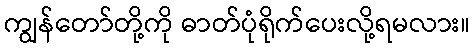
ကျွန်တော်တို့ကို ဓာတ်ပုံရိုက်ပေးလို့ရမလား။